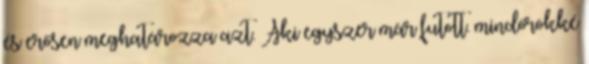
és erősen meghatározza azt. Aki egyszer már futott. mindörökké